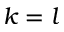
k = l